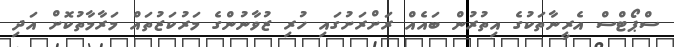
ސްޕޯޓްސް އެރީނާތަކުގެ އިތުރުން ބައެއް ރަށްރަށުގައި ހުރި ޒުވާނުންގެ މަރުކަޒުތައް މަރާމާތުކޮށް އަދި